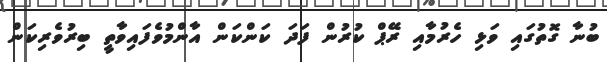
ބުނާ ގޮތުގައި ވަޅި ހެރުމާއި ރޭޕް ކުރުން ފަދަ ކަންކަން އާންމުވެފައިވާތީ ބިރުވެރިކަން